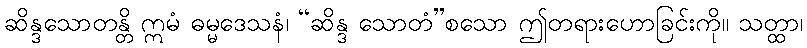
ဆိန္ဒသောတန္တိ ဣမံ ဓမ္မဒေသနံ၊ “ဆိန္ဒ သောတံ”စသော ဤတရားဟောခြင်းကို။ သတ္ထာ၊